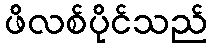
ဖိလစ်ပိုင်သည်